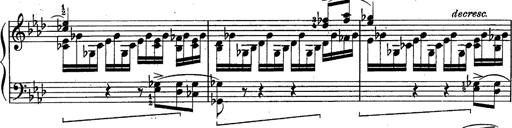
Title: Schubert's Impromptus [revised and edited by Franz Liszt]
Composer: Franz Liszt